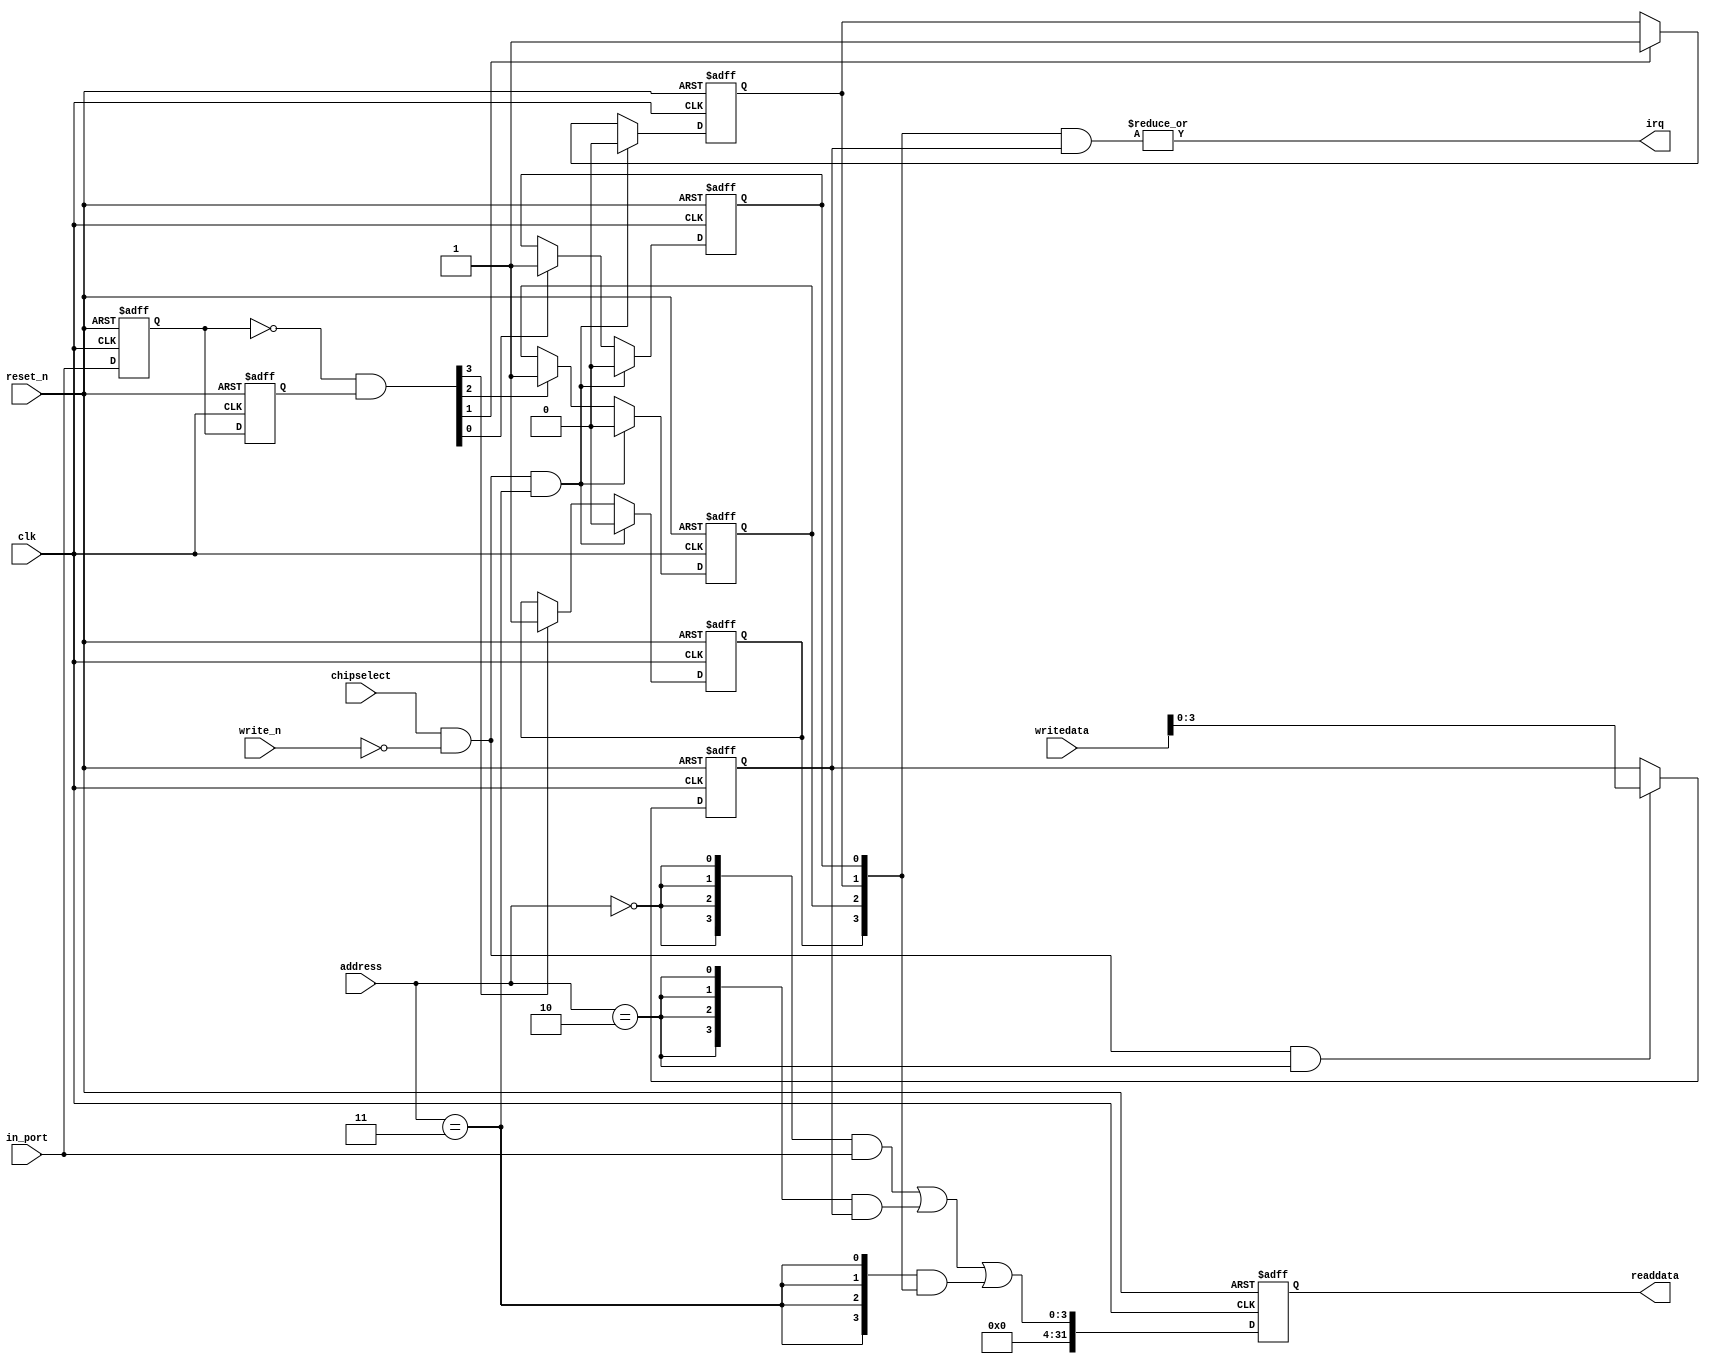
module DE2_115_SOPC_key (
                          // inputs:
                           address,
                           chipselect,
                           clk,
                           in_port,
                           reset_n,
                           write_n,
                           writedata,

                          // outputs:
                           irq,
                           readdata
                        )
;

  output           irq;
  output  [ 31: 0] readdata;
  input   [  1: 0] address;
  input            chipselect;
  input            clk;
  input   [  3: 0] in_port;
  input            reset_n;
  input            write_n;
  input   [ 31: 0] writedata;

  wire             clk_en;
  reg     [  3: 0] d1_data_in;
  reg     [  3: 0] d2_data_in;
  wire    [  3: 0] data_in;
  reg     [  3: 0] edge_capture;
  wire             edge_capture_wr_strobe;
  wire    [  3: 0] edge_detect;
  wire             irq;
  reg     [  3: 0] irq_mask;
  wire    [  3: 0] read_mux_out;
  reg     [ 31: 0] readdata;
  assign clk_en = 1;
  //s1, which is an e_avalon_slave
  assign read_mux_out = ({4 {(address == 0)}} & data_in) |
    ({4 {(address == 2)}} & irq_mask) |
    ({4 {(address == 3)}} & edge_capture);

  always @(posedge clk or negedge reset_n)
    begin
      if (reset_n == 0)
          readdata <= 0;
      else if (clk_en)
          readdata <= {{{32 - 4}{1'b0}},read_mux_out};
    end


  assign data_in = in_port;
  always @(posedge clk or negedge reset_n)
    begin
      if (reset_n == 0)
          irq_mask <= 0;
      else if (chipselect && ~write_n && (address == 2))
          irq_mask <= writedata[3 : 0];
    end


  assign irq = |(edge_capture & irq_mask);
  assign edge_capture_wr_strobe = chipselect && ~write_n && (address == 3);
  always @(posedge clk or negedge reset_n)
    begin
      if (reset_n == 0)
          edge_capture[0] <= 0;
      else if (clk_en)
          if (edge_capture_wr_strobe)
              edge_capture[0] <= 0;
          else if (edge_detect[0])
              edge_capture[0] <= -1;
    end


  always @(posedge clk or negedge reset_n)
    begin
      if (reset_n == 0)
          edge_capture[1] <= 0;
      else if (clk_en)
          if (edge_capture_wr_strobe)
              edge_capture[1] <= 0;
          else if (edge_detect[1])
              edge_capture[1] <= -1;
    end


  always @(posedge clk or negedge reset_n)
    begin
      if (reset_n == 0)
          edge_capture[2] <= 0;
      else if (clk_en)
          if (edge_capture_wr_strobe)
              edge_capture[2] <= 0;
          else if (edge_detect[2])
              edge_capture[2] <= -1;
    end


  always @(posedge clk or negedge reset_n)
    begin
      if (reset_n == 0)
          edge_capture[3] <= 0;
      else if (clk_en)
          if (edge_capture_wr_strobe)
              edge_capture[3] <= 0;
          else if (edge_detect[3])
              edge_capture[3] <= -1;
    end


  always @(posedge clk or negedge reset_n)
    begin
      if (reset_n == 0)
        begin
          d1_data_in <= 0;
          d2_data_in <= 0;
        end
      else if (clk_en)
        begin
          d1_data_in <= data_in;
          d2_data_in <= d1_data_in;
        end
    end


  assign edge_detect = ~d1_data_in & d2_data_in;

endmodule